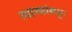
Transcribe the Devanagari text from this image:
स्थानकांमधून